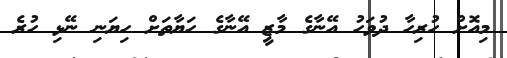
މިއޮށް ހުރިހާ ދުވަހު އޭނާގެ މާޒީ އޭނާގެ ހަޔާތަށް ހިޔަނި ނޭޅި ހުރެ